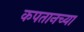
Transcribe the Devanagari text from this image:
कपतानच्या